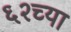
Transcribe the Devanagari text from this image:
६२च्या